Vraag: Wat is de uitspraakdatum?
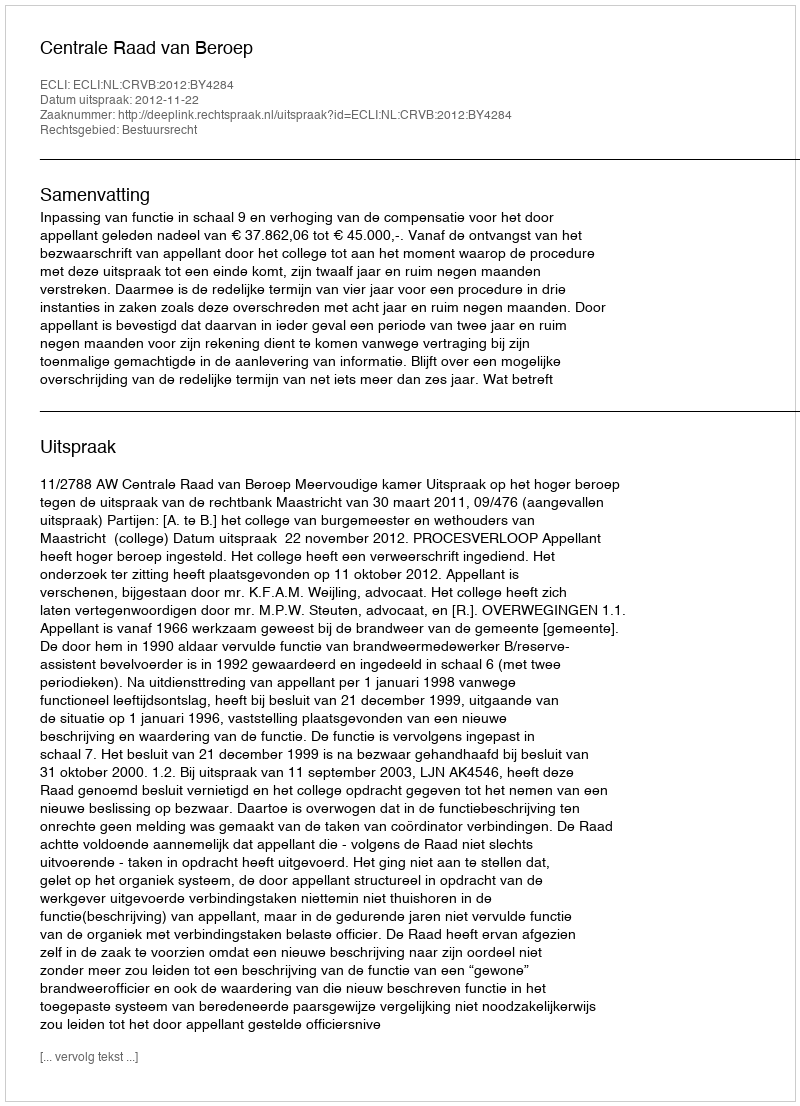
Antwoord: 2012-11-22